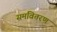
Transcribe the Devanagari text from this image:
समवितरण